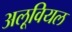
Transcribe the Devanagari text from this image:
अलूवियल